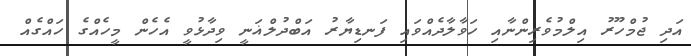
އަދި ޖުމްހޫރު އިލްމުވެރިންނާއި ހަވާލާދެއްވައި ފަނޑިޔާރު އަބްދުލްޣަނީ ވިދާޅުވީ އެހެން މީހެއްގެ ހައްގެއް